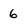
Character: 6